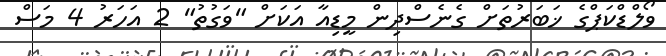
ވޯލްޑްކަޕްގެ ޚަބަރުތަށް ގެނެސްދިން މީޑިއާ އަކަށް "ވަގުތު" 2 އަހަރު 4 މަސް